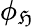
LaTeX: \phi_{\mathfrak{H}}